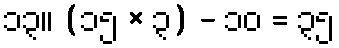
၁၃။ (၁၅ × ၃) - ၁၀ = ၃၅